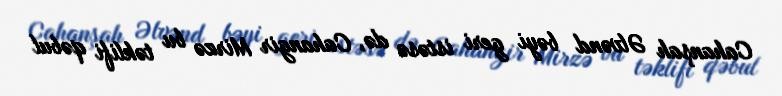
Cahanşah Əlvənd bəyi geri istəsə də, Cahangir Mirzə bu təklifi qəbul